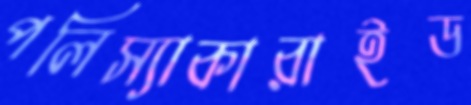
পলিস্যাকারাইড